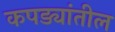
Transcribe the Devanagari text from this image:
कपड्यांतील